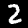
Label: 2